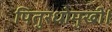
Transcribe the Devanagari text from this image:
पितुरधोमुखी।